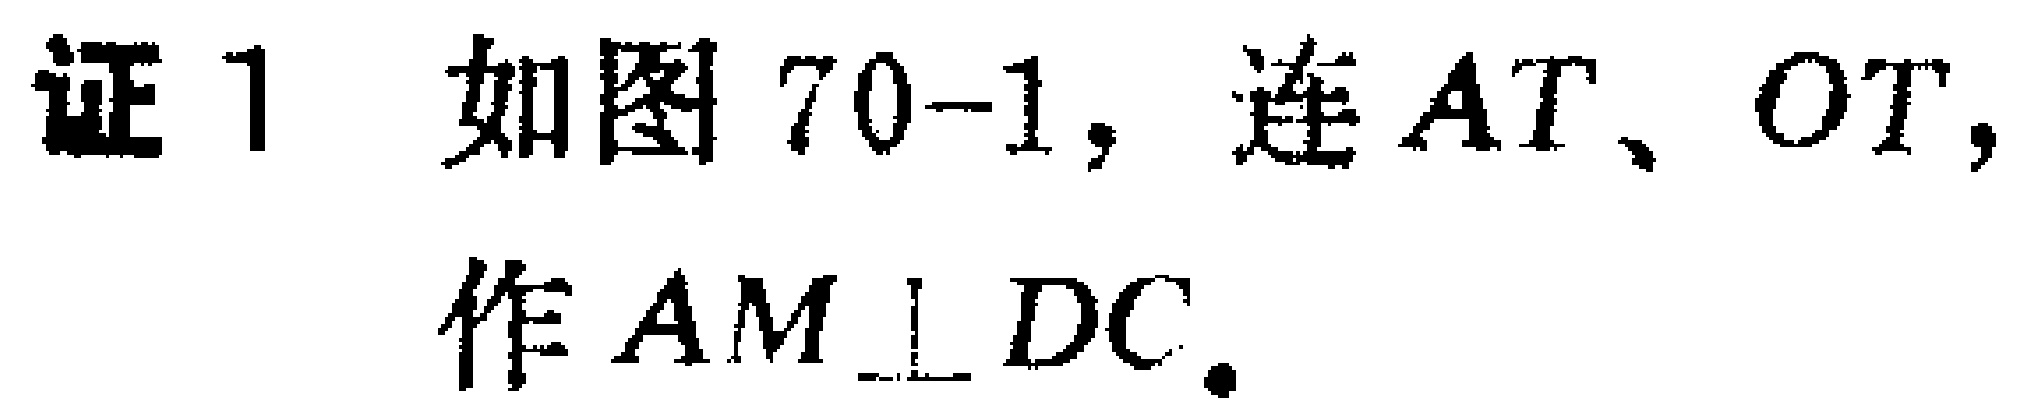
证 1 如图 70-1, 连 \(AT\)、\(OT\), 作 \(AM\perp DC\).